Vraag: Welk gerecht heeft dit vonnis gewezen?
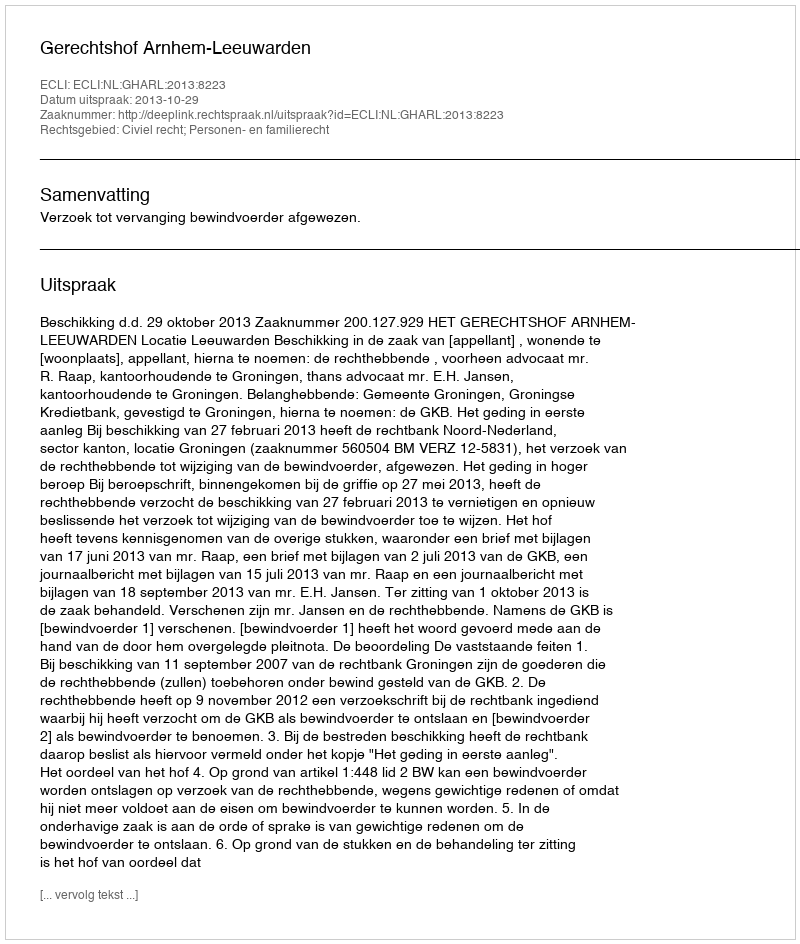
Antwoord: Gerechtshof Arnhem-Leeuwarden